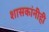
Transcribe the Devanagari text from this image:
शासकांनीही